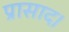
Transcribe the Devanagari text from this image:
प्रासाद।